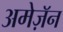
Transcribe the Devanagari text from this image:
अमेज़ॅन